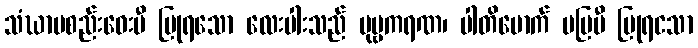
သံဃာမစည်းဝေးမီ ပြုရသော လေးပါးသည် ပုဗ္ဗကရဏ၊ ပါတိမောက် မပြမီ ပြုရငသာ